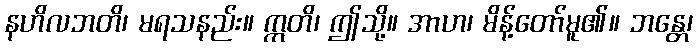
နဟိလဘတိ၊ မရသနည်း။ ဣတိ၊ ဤသို့။ အာဟ၊ မိန့်တော်မူ၏။ ဘန္တေ၊